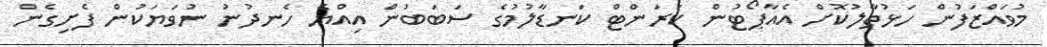
މުވައްޒަފުން ހަޅުތާލުކޮށް އެއާޕޯޓުން ކަރަންޓް ކަނޑާލުމުގެ ސަބަބުން އިއްޔެ ހެނދުނު ނުވަޔަކުން ފެށިގެން